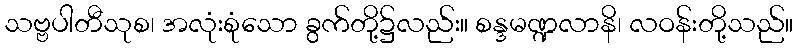
သဗ္ဗပါတီသုစ၊ အလုံးစုံသော ခွက်တို့၌လည်း။ စန္ဒမဏ္ဍလာနိ၊ လဝန်းတို့သည်။